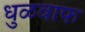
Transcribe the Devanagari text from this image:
धुळवाफ